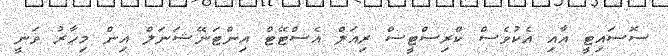
ސޮސައިޓީ އާއި އެކުވެސް ކްރިސްޓީސް ރިއަލް އެސްޓޭޓް އިންޓަނޭޝަނަލް އިން މިހާރު ވަނީ